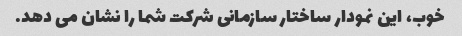
خوب، این نمودار ساختار سازمانی شرکت شما را نشان می دهد.